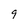
Character: 9